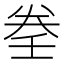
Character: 𡔨